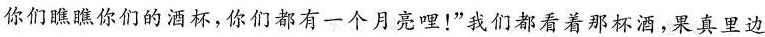
你们瞧瞧你们的酒杯，你们都有一个月亮哩！”我们都看着那杯酒，果真里边